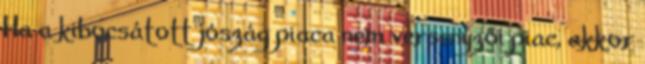
Ha a kibocsátott jószág piaca nem versenyzői piac, akkor